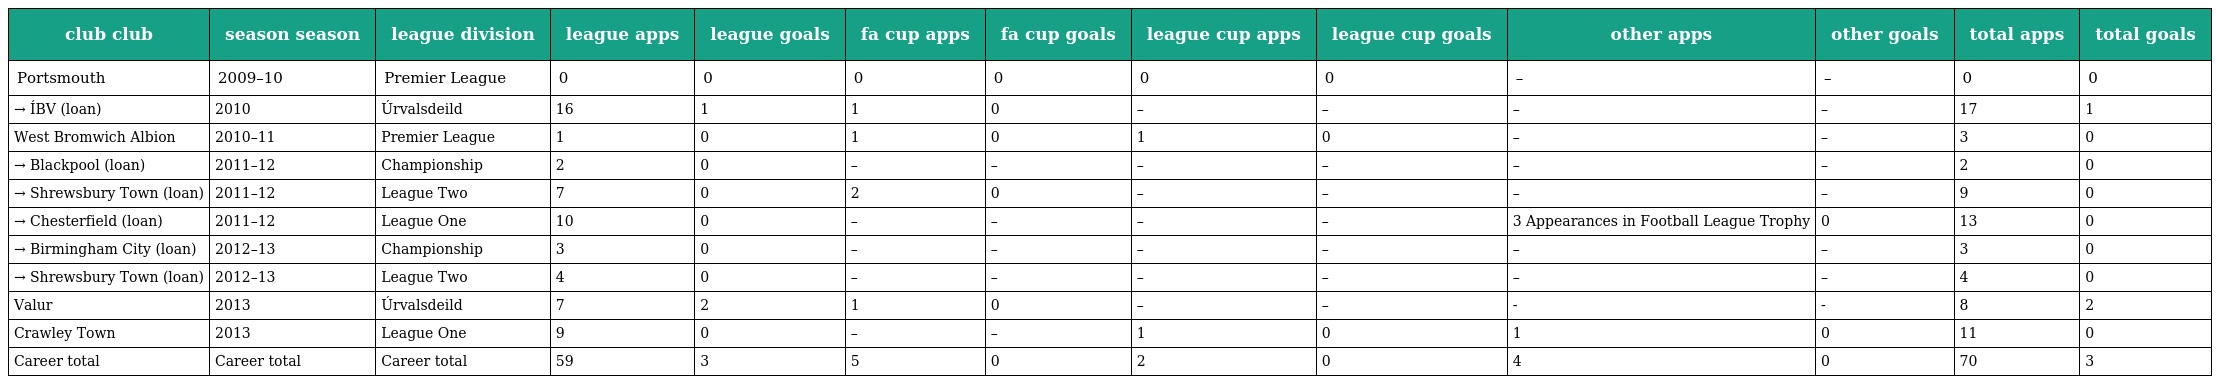
| club club | season season | league division | league apps | league goals | fa cup apps | fa cup goals | league cup apps | league cup goals | other apps | other goals | total apps | total goals |
 | --- | --- | --- | --- | --- | --- | --- | --- | --- | --- | --- | --- | --- |
 | Portsmouth | 2009–10 | Premier League | 0 | 0 | 0 | 0 | 0 | 0 | – | – | 0 | 0 |
 | → ÍBV (loan) | 2010 | Úrvalsdeild | 16 | 1 | 1 | 0 | – | – | – | – | 17 | 1 |
 | West Bromwich Albion | 2010–11 | Premier League | 1 | 0 | 1 | 0 | 1 | 0 | – | – | 3 | 0 |
 | → Blackpool (loan) | 2011–12 | Championship | 2 | 0 | – | – | – | – | – | – | 2 | 0 |
 | → Shrewsbury Town (loan) | 2011–12 | League Two | 7 | 0 | 2 | 0 | – | – | – | – | 9 | 0 |
 | → Chesterfield (loan) | 2011–12 | League One | 10 | 0 | – | – | – | – | 3 Appearances in Football League Trophy | 0 | 13 | 0 |
 | → Birmingham City (loan) | 2012–13 | Championship | 3 | 0 | – | – | – | – | – | – | 3 | 0 |
 | → Shrewsbury Town (loan) | 2012–13 | League Two | 4 | 0 | – | – | – | – | – | – | 4 | 0 |
 | Valur | 2013 | Úrvalsdeild | 7 | 2 | 1 | 0 | – | – | - | - | 8 | 2 |
 | Crawley Town | 2013 | League One | 9 | 0 | – | – | 1 | 0 | 1 | 0 | 11 | 0 |
 | Career total | Career total | Career total | 59 | 3 | 5 | 0 | 2 | 0 | 4 | 0 | 70 | 3 |